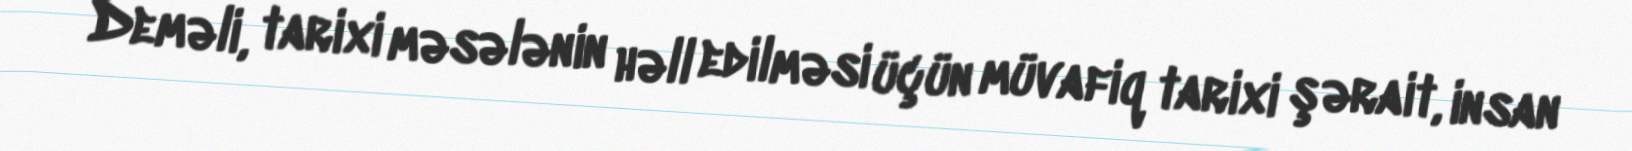
Deməli, tarixi məsələnin həll edilməsi üçün müvafiq tarixi şərait, insan